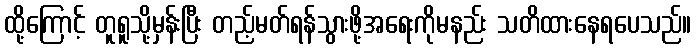
ထို့ကြောင့် တူရူသို့မှန်းပြီး တည့်မတ်ရန်သွားဖို့အရေးကိုမနည်း သတိထားနေရပေသည်။